Indian journal of veterinary science and animal husbandry - Volumes 26-27, 1956-1957
Year: 1956
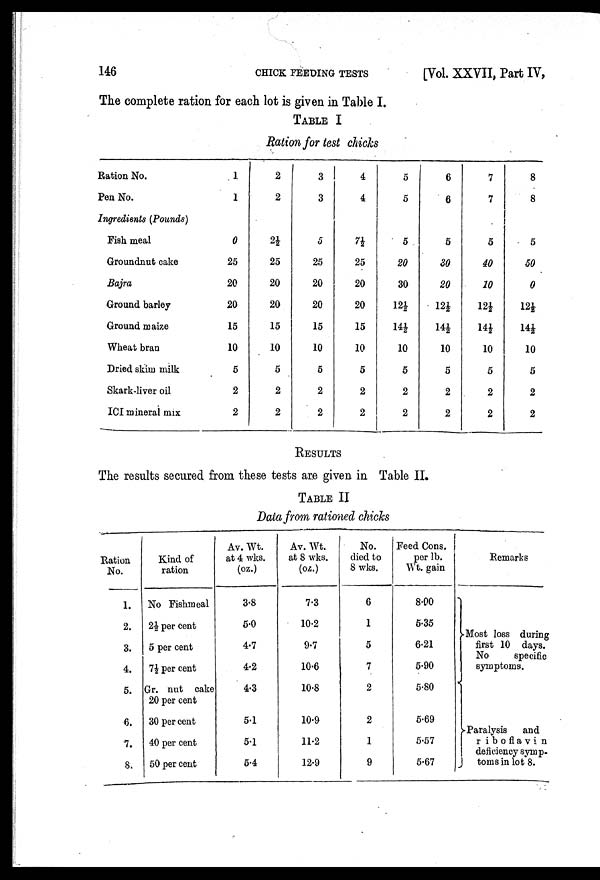
146
CHICK
FEEDING
TESTS
[Vol. XXVII, Part IV,
The complete ration for each lot is given in Table I.
TABLE I
Ration for test chicks
Ration No.
Pen No.
Ingredients (Pounds)
Fish meal
Groundnut cake
Bajra
Ground barley
Ground maize
Wheat bran
Dried skim milk
Skark-liver oil
ICI mineral mix
1
1
0
25
20
20
15
10
5
2
2
2
2
2½
25
20
20
15
10
5
2
2
3
3
5
25
20
20
15
10
5
2
2
4
4
7½
25
20
20
15
10
5
2
2
5
5
5
20
30
12½
14½
10
5
2
2
6
6
5
30
20
12½
14½
10
5
2
2
7
7
5
40
10
12½
14½
10
5
2
2
8
8
5
50
0
12½
14½
10
5
2
2
RESULTS
The results secured from these tests are given in Table II.
TABLE II
Data from rationed chicks
Ration
No.
1.
2.
3.
4.
5.
6.
7.
8.
Kind of
ration
No Fishmeal
2½ per cent
5 per cent
7½ per cent
Gr. nut cake
20 per cent
30 per cent
40 per cent
50 per cent
Av. Wt.
at 4 wks.
(oz.)
3.8
5.0
4.7
4.2
4.3
5.1
5.1
5.4
Av. Wt.
at 8 wks.
(oz.)
7.3
10.2
9.7
10.6
10.8
10.9
11.2
12.9
No.
died to
8 wks.
6
1
5
7
2
2
1
9
Feed Cons.
per lb.
Wt. gain
8.00
5.35
6.21
5.90
5.80
5.69
5.57
5.67
Remarks
}Most loss during
first 10 days.
No
specific
symptoms.
}Paralysis
and
riboflavin
deficiency symp-
toms in lot 8.